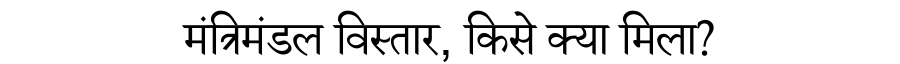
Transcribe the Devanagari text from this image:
मंत्रिमंडल विस्तार, किसे क्या मिला?